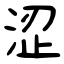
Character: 涩